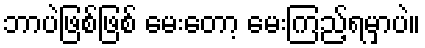
ဘာပဲဖြစ်ဖြစ် မေးတော့ မေးကြည့်ရမှာပဲ။